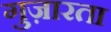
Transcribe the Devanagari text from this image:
गुज़ारता